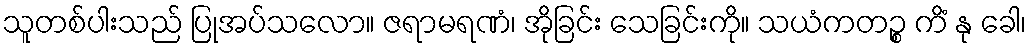
သူတစ်ပါးသည် ပြုအပ်သလော။ ဇရာမရဏံ၊ အိုခြင်း သေခြင်းကို။ သယံကတဉ္စ ကိံ နု ခေါ၊